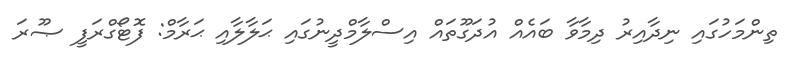
ތިންމަހުގައި ނިދާއިރު ދިމާވާ ބައެއް އުދަގޫތައް އިސްލާމްދީނުގައި ޙަލާލާއި ޙަރާމް: ފޮޓޯގްރަފީ ޞޫރަ